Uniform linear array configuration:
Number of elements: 4
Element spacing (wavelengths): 0.25
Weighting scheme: hamming
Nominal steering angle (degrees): -45
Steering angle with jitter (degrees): -44.868
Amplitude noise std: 0.05
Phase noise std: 0.05

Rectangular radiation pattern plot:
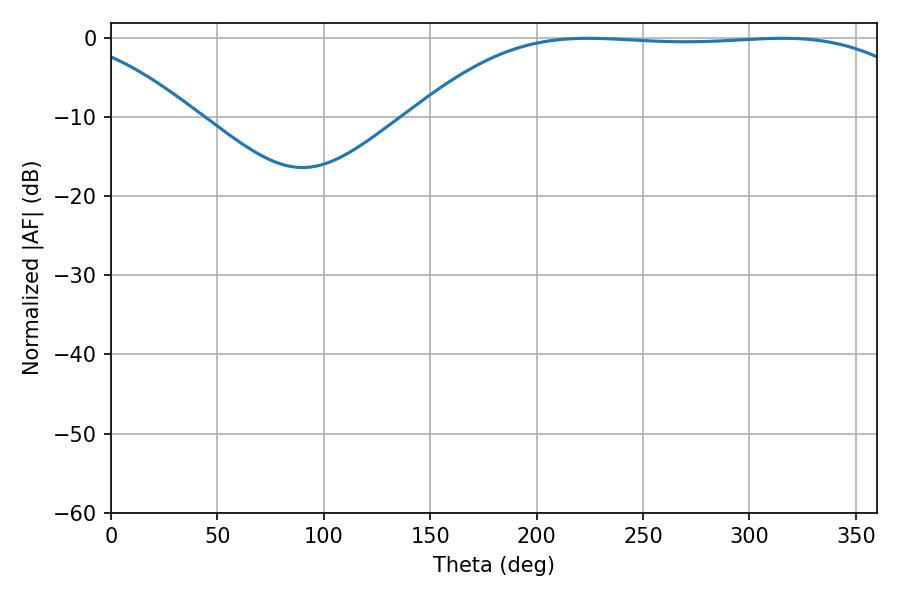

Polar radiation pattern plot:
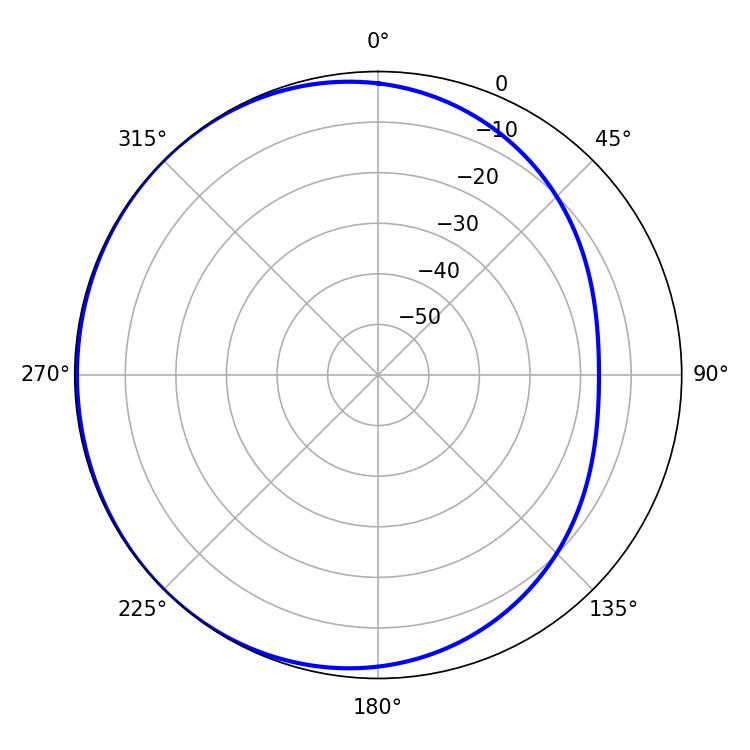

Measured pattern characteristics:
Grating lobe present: FALSE
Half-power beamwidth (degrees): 185.04
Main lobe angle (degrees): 224.28